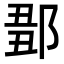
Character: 𨜈